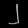
Digit: ၂